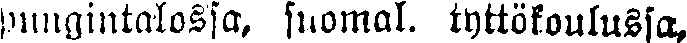
piinaintalossa, suomal. tyttökoulussa,